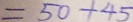
= 5 0 + 4 5